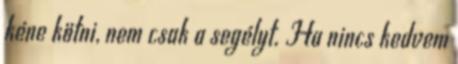
kéne kötni, nem csak a segélyt. Ha nincs kedvem